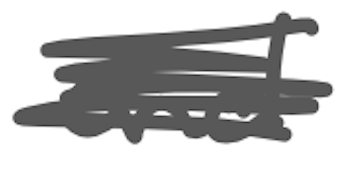
Text: and
Cross-out: scratch
Writing tool: digital_gray